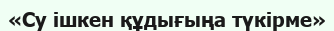
«Су ішкен құдығыңа түкірме»